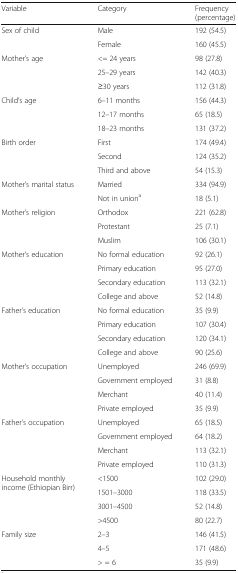
| Variable | Category | Frequency (percentage) |
 | --- | --- | --- |
 | <ROWSPAN=2> Sex of child | Male | 192 (54.5) |
 | Female | 160 (45.5) |
 | <ROWSPAN=3> Mother’s age | <= 24 years | 98 (27.8) |
 | 25–29 years | 142 (40.3) |
 | ≥30 years | 112 (31.8) |
 | <ROWSPAN=3> Child’s age | 6–11 months | 156 (44.3) |
 | 12–17 months | 65 (18.5) |
 | 18–23 months | 131 (37.2) |
 | <ROWSPAN=3> Birth order | First | 174 (49.4) |
 | Second | 124 (35.2) |
 | Third and above | 54 (15.3) |
 | <ROWSPAN=2> Mother’s marital status | Married | 334 (94.9) |
 | Not in uniona | 18 (5.1) |
 | <ROWSPAN=3> Mother’s religion | Orthodox | 221 (62.8) |
 | Protestant | 25 (7.1) |
 | Muslim | 106 (30.1) |
 | <ROWSPAN=4> Mother’s education | No formal education | 92 (26.1) |
 | Primary education | 95 (27.0) |
 | Secondary education | 113 (32.1) |
 | College and above | 52 (14.8) |
 | <ROWSPAN=4> Father’s education | No formal education | 35 (9.9) |
 | Primary education | 107 (30.4) |
 | Secondary education | 120 (34.1) |
 | College and above | 90 (25.6) |
 | <ROWSPAN=4> Mother’s occupation | Unemployed | 246 (69.9) |
 | Government employed | 31 (8.8) |
 | Merchant | 40 (11.4) |
 | Private employed | 35 (9.9) |
 | <ROWSPAN=4> Father’s occupation | Unemployed | 65 (18.5) |
 | Government employed | 64 (18.2) |
 | Merchant | 113 (32.1) |
 | Private employed | 110 (31.3) |
 | <ROWSPAN=4> Household monthly income (Ethiopian Birr) | <1500 | 102 (29.0) |
 | 1501–3000 | 118 (33.5) |
 | 3001–4500 | 52 (14.8) |
 | >4500 | 80 (22.7) |
 | <ROWSPAN=3> Family size | 2–3 | 146 (41.5) |
 | 4–5 | 171 (48.6) |
 | > = 6 | 35 (9.9) |